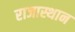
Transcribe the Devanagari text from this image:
राजास्थान